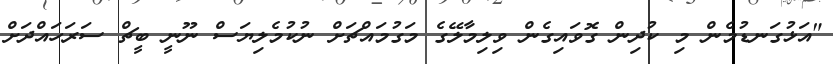
"އަޅުގަނޑުމެން މި ކުދިން ގޮވައިގެން ވިލިމާލޭގެ މަގުމައްޗަށް ނުކުމެލިޔަސް ނޫނީ ބީޗް ސަރަހައްދަށް